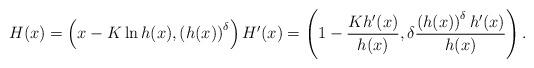
LaTeX: \begin{align*}H (x)=\left(x-K\ln h (x),\left(h (x)\right)^\delta\right) H ^\prime(x)=\left(1-\frac{K h^\prime(x)}{h(x)}, \delta\frac{ \left(h (x)\right)^\delta h^\prime(x)}{h (x)}\right).\end{align*}